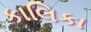
કાલિકા